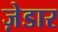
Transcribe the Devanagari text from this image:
ज़ेडार